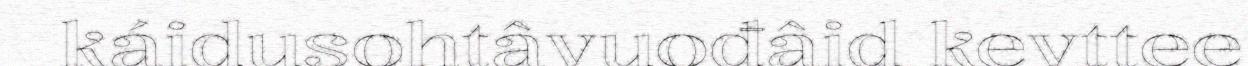
káidusohtâvuođâid kevttee